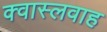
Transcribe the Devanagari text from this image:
क्वास्लवाह